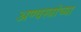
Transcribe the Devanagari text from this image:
अण्वस्त्रांच्या